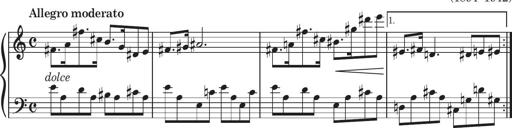
Title: Sonatine in 3 SÃ¤tzen
Composer: Gertrud Schweizer